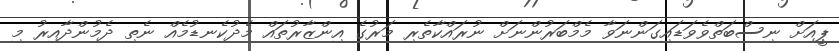
ޕީއަށް ނިސްބަތްވެވަޑައިގަންނަވާ މެމްބަރުންނަށް ނުރައްކާތެރި މަރުގެ އިންޒާރުތައް މެދުކެނޑުމެއް ނެތި ދެމުންދާއިރު މި